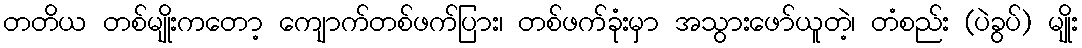
တတိယ တစ်မျိုးကတော့ ကျောက်တစ်ဖက်ပြား၊ တစ်ဖက်ခုံးမှာ အသွားဖော်ယူတဲ့၊ တံစည်း (ပဲခွပ်) မျိုး